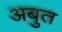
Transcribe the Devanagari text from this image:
अबुत